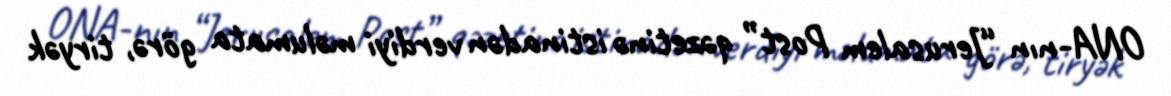
ONA-nın “Jerusalem Post” qəzetinə istinadən verdiyi məlumata görə, tiryək